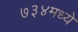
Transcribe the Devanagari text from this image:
७३४मध्ये